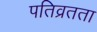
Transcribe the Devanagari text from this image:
पतिव्रतता